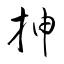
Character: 抻